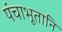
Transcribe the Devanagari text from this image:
पंचाभूतानि